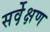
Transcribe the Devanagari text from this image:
सर्वे़क्षण